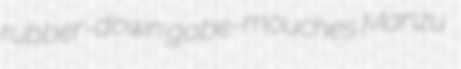
rubber-down gobe-mouches Manzu